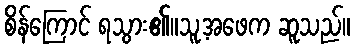
စိန်ကြောင် ရသွား၏။သူ့အဖေက ဆူသည်။